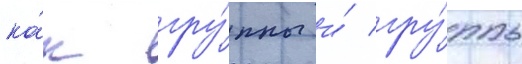
ка́к гру́ппы и́ гру́ппы